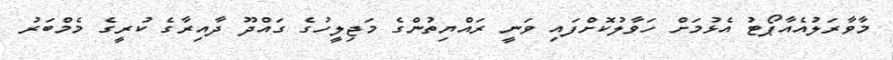
މާވާރަލުއެއާޕޯޓު އެޅުމަށް ހަވާލުކޮށްފައި ވަނީ ރައްޔިތުންގެ މަޖިލީހުގެ ގައްދޫ ދާއިރާގެ ކުރީގެ މެމްބަރު